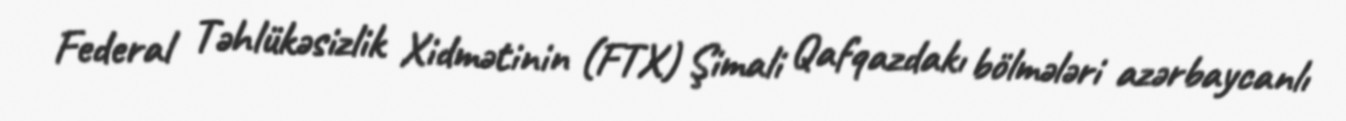
Federal Təhlükəsizlik Xidmətinin (FTX) Şimali Qafqazdakı bölmələri azərbaycanlı